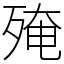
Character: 殗